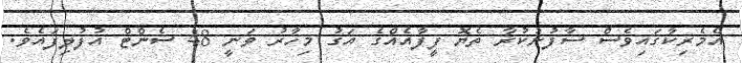
އެމެރިކާގައިވެސް ސާފުނުކުރާ ތެޔޮ ފީފާއެއްގެ އަގު މިހާރު ވަނީ 48 ސެންޓް އުފުލިފައެވެ.